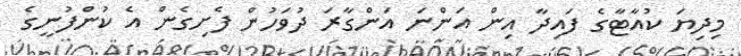
މިދިޔަ ކުއާޓާގެ ފައިދާ އިން އަންނަ އަންގާރަ ދުވަހުން ފެށިގެން އެ ކުންފުނީގެ